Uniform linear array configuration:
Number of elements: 8
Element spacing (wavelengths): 0.75
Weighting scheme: uniform
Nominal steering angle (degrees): -15
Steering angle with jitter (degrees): -16.396
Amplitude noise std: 0.05
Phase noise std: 0.05

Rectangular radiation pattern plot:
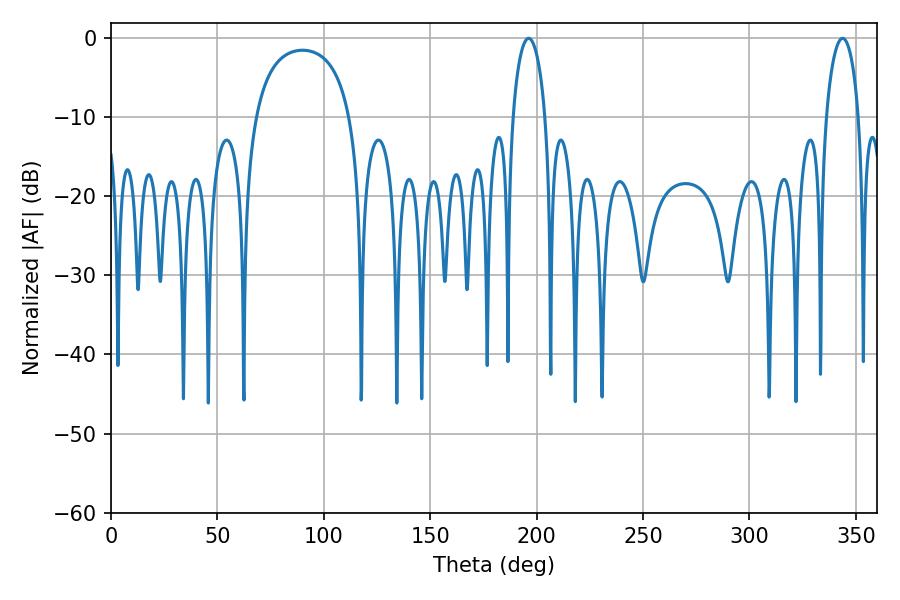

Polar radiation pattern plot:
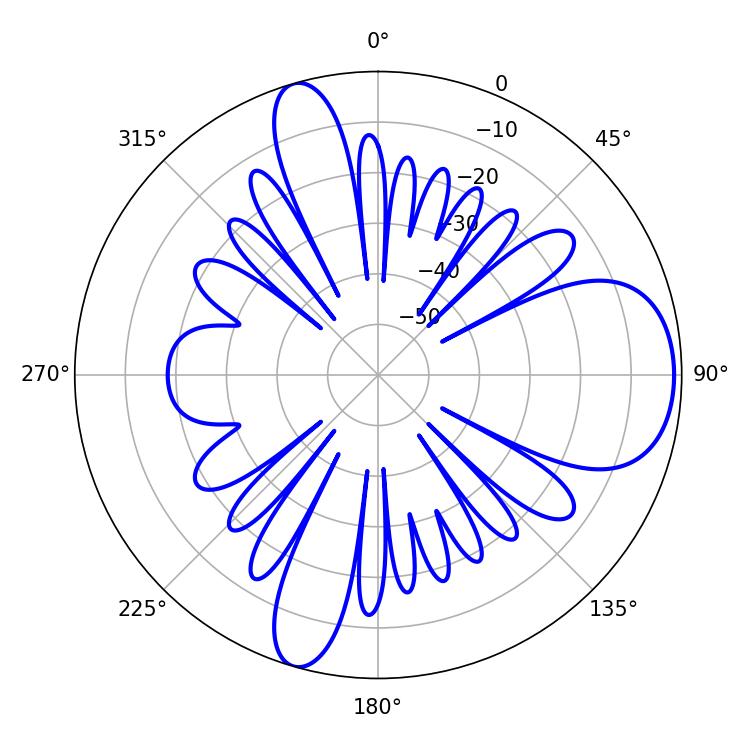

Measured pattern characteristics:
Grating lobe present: TRUE
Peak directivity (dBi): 8.618
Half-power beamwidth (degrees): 8.82
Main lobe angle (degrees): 196.2